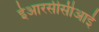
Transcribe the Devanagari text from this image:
ईआरसीसीआई